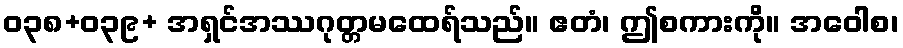
ဝ၃၈+ဝ၃၉+ အရှင်အဿဂုတ္တမထေရ်သည်။ ဧတံ၊ ဤစကားကို။ အဝေါစ၊